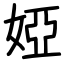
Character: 婭